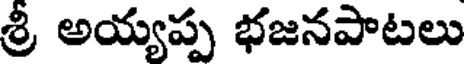
శ్రీ అయ్యప్ప భజనపాటలు